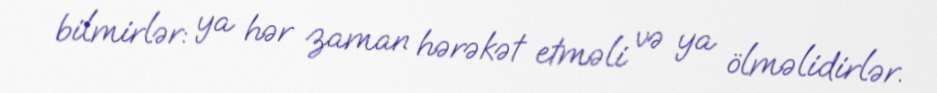
bilmirlər: ya hər zaman hərəkət etməli və ya ölməlidirlər.